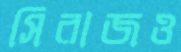
সিরাজও